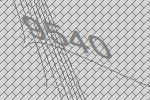
9540